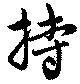
持